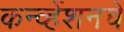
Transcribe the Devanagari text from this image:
कन्व्हेंशनचे